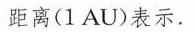
距离(1 AU)表示.